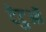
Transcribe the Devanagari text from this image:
टेटुओं